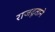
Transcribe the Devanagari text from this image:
राजदूताने